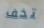
تخف